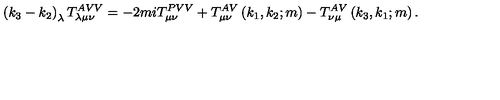
\left( k _ { 3 } - k _ { 2 } \right) _ { \lambda } T _ { \lambda \mu \nu } ^ { A V V } = - 2 m i T _ { \mu \nu } ^ { P V V } + T _ { \mu \nu } ^ { A V } \left( k _ { 1 } , k _ { 2 } ; m \right) - T _ { \nu \mu } ^ { A V } \left( k _ { 3 } , k _ { 1 } ; m \right) .